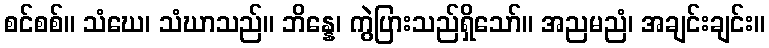
စင်စစ်။ သံဃေ၊ သံဃာသည်။ ဘိန္နေ၊ ကွဲပြားသည်ရှိသော်။ အညမညံ၊ အချင်းချင်း။